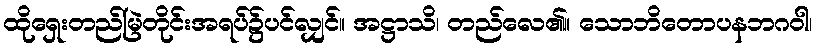
ထိုရှေးတည်မြဲတိုင်းအရပ်၌ပင်လျှင်။ အဋ္ဌာသိ၊ တည်လေ၏။ သောဘိတောပနဘဂဝါ၊